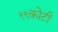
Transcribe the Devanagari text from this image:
१९कोटी